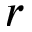
r